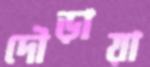
দৌড়ায়া